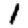
Digit: 1